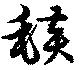
毯